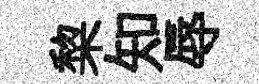
棃知辱